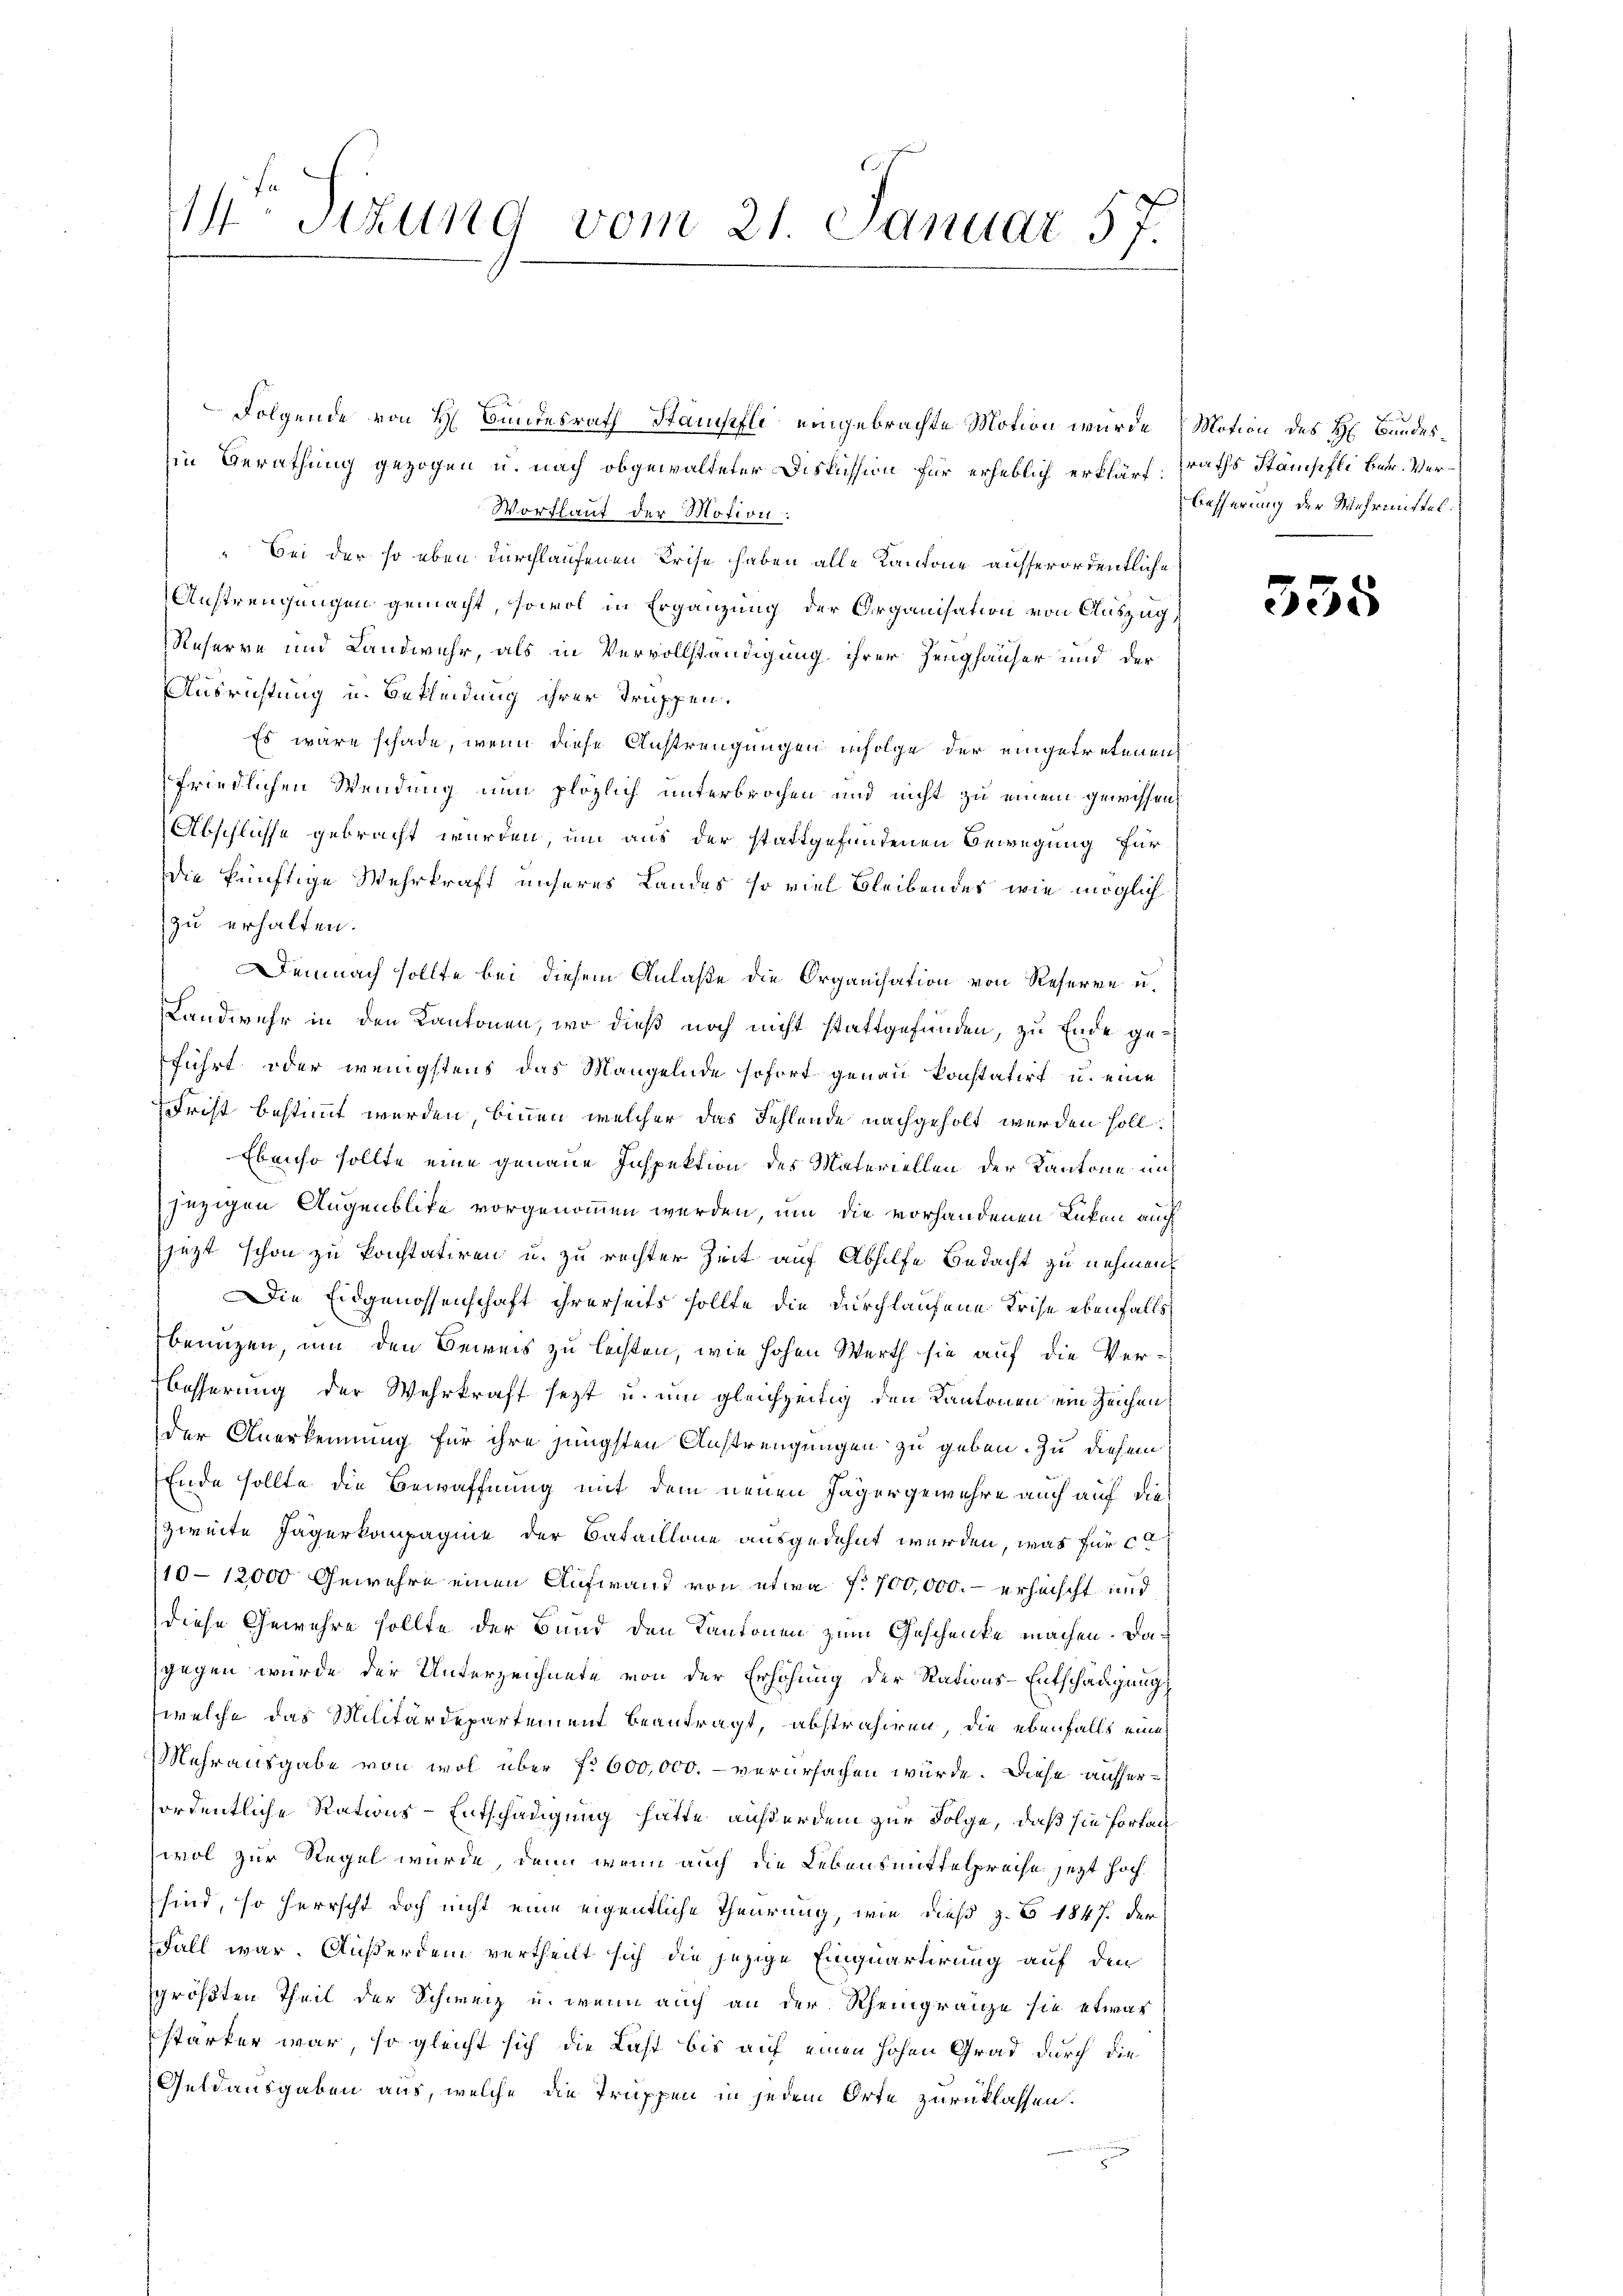
14 Stzung vom 21. Januar 57.

Folgende von H. Bundesrath Stamili eingebrachte Motion wurde (Motion des H. Bundesin Berathung gezogen u. nach obgewalteter Diskussion für erheblich erklärt. raths Stämpfli betr. Ver¬
Vortlauf der Notion:
Bei der so eben durchlaufenen Prise haben alle Kantone ausserordentliche
Austrengungen gemacht, sowol in Ergänzung der Organisation von Auszug
Reserve und Landwehr, als in Vervollständigung ihrer Zeughäuser und der
Ausrichtung u. Bekleidung ihrer Truppen.
Es wäre schade, wenn diese Anstrengungen infolge der eingetretenen
friedlichen Wendung nun plözlich unterbrochen und nicht zu einem gewissen,
Abschlisse gebracht wurden, um aus der stattgefundenen Bewegung für
die künftige Wehrkraft unseres Landes so viel bleibendes wie möglich
zu erhalten.
Demnach sollte bei diesem Anlaße die Organisation von Referne u.
Landwehr in den Kantonen, wo dieß noch nicht stattgefunden, zu Ende geführt oder wenigstens das Mangelnde sofort genau konstatirt u. eine
Frist bestimmt werden, binnen welcher das Fehlende nachgeholt werden soll.
Ebenso sollte eine genaue Inspektion des Materiellen der Kantone im
jezigen Augenblicke vorgenommen werden, um die vorhandenen Lücken auch
jezt schon zu konstatiren u. zu rechter Zeit auf Abhilfe Bedacht zu nehmen,
Die Eidgenossenschaft ihrerseits sollte die Durchlaufene Krise ebenfalls
benuzen, um den Beweis zu leisten, wie hohen Werth sie auf die Ver¬
Besserung der Wehrkraft sezt u. am gleichzeitig den Kantonen ein Zeichen
der Anerkennung für ihre jüngsten Austrengungen zu geben. Zu diesem
Ende sollte die Bewaffnung mit dem neuen Jägergewehre auch auf dies
zweite Jägerkompagnie der Bataillone ausgedehnt werden, was für ca
10-12000 Gewehre einen Aufwand von etwa 700,000.- erheischt und
diese Gewehre sollte der Bund den Kantonen zum Geschenke machen. Dagegen wurde der Unterzeichnete von der Erhöhung der Rations-Entschädigung
welche das Militärdepartement beantragt, abstrahiren, die ebenfalls eine
Mehrausgabe von wol über f. 600,000. - verursachen würde. Diese auferordentliche Rations-Entschädigung hätte außerdem zur Folge, daß sie fortag
wol zur Regel wurde, denn wenn auch die Lebensmittelpreise jetzt hochsind, so herrscht doch nicht eine eigentliche Theurung, wie dieß z. B 1847. der
Fall war. Außerdem vertheilt sich die jezige Einquartirung auf den
größten Theil der Schweiz u. wenn auch an der Rheingränze sie etwas
stärker war, so gleicht sich die Last bis auf einen hohen Grad durch die
Geldausgaben aus, welche die Truppen in jedem Orte zurücklassen.

Besserung der Wehrmittel.

335